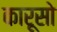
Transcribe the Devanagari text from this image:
कारूसो